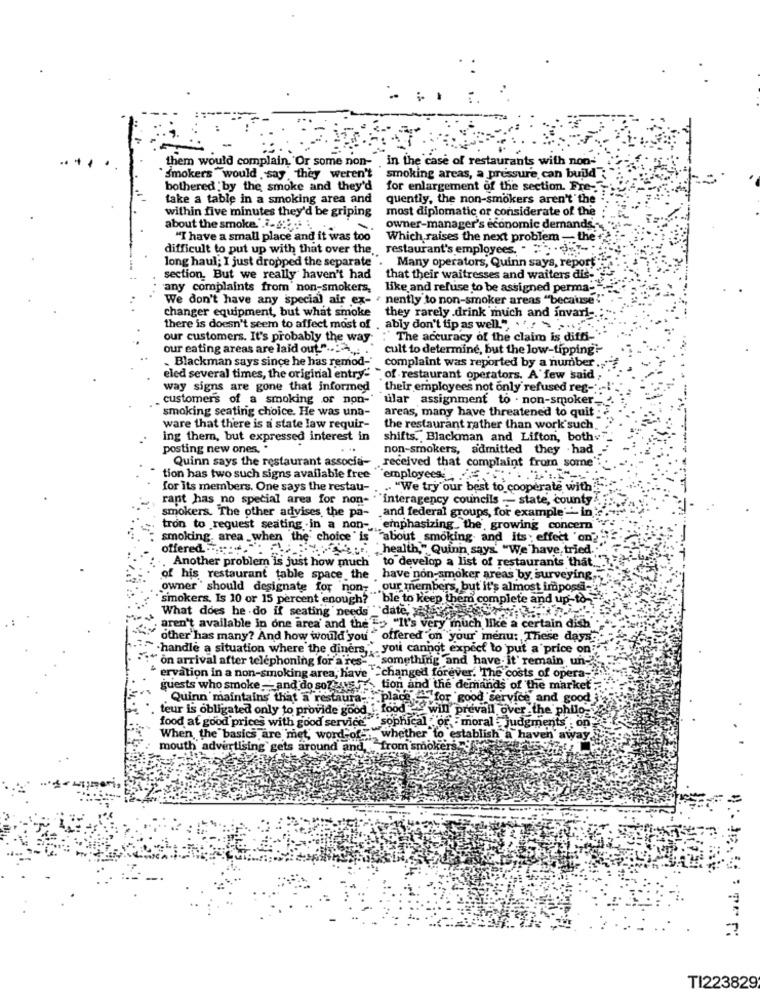
them would complain, Or some non- . in the case of restaurants with non-
smokers would say they weren't
smoking areas, a pressure, can build
bothered by the smoke and they'd
for enlargement of the section. Fre-
take a table in a smoking area and
quently, the non-smokers aren't the
most diplomatic or considerate of the
within five minutes they'd be griping
about the smoke.'.7. 2:5-4 :
owner-manager's economic demands-
"I have a small place and it was too
Which raises the next problem - the
difficult to put up with that over the.
restaurant's employees. . ...
long haul; I just dropped the separate
Many operators, Quinn says, report
section, But we really haven't had
that their waitresses and waiters dis-
any complaints from non-smokers,
like and refuse to be assigned perma-
We don't have any special air ex- ' nently to non-smoker areas "because"
changer equipment, but what smoke
they rarely .drink much and invari -.
there is doesn't seem to affect most of . ably don't tip as well." " """
our customers. It's probably the way :"The accuracy of the claim is diffi-'
our eating areas are laid out"
cult to determine, but the low-tipping!
„ Blackman says since he has remod-" complaint was reported by a number ...
eled several times, the original entry- "of restaurant operators. A few said,
way signs are gone that informed their employees not only refused reg-
. customer's of a smoking or non-
ular assignment to . non-smoker
smoking seating choice. He was una-
areas, many have threatened to quit :
ware that there is a state law requir-
the restaurant rather than work such
ing them, but expressed interest in
shifts. Blackman and Lifton, bothv
posting new ones. .
non-smokers, admitted they had
Quinn says the restaurant associa- received that complaint from some
tion has two such signs available free
employees
for its members. One says the restau- .
.. "We try our best to cooperate with
rant has no special area for non- ""interagency councils -- state, county
smokers. The other advises, the pa- and federal groups, for example' -- in
tron to request seating .in a non -, emphasizing the, growing concern
smoking area when the choice is "about smoking and its effect on?
offered :: . ": "" health," Quinn says. "We have tried. .
Another problem is just how much to develop a list of restaurants that."
of his restaurant table space the have non-smoker areas by surveying.
owner' should designate for non- our members, but it's almost impossi-
smokers. Is 10 or 15 percent enough? "ble to keep them complete and up-to-
What does he do if seating needs _ date,
; aren't available in one area' and the'=> "It's very much like a certain dish
other has many? And how would you "o
" offered on your' menu: These days'
"handle a situation where the diners," you cannot expect to put a price on
:" on arrival after telephoning for a res-"" something and have- it' remain un-"
ervation in a non-smoking area; have ""changed forever. The costs of opera-"
guests who smoke __ and do soz us ", tion and the demands of the market ;
Quinn maintains that a restaura- . place " for good service and good
teur is obligated only to provide good [. food -will prevail over the philo-
food at good prices with good service," "sophical " or . moral judgments on,
When the basics are met, word-of-
whether to establish a haven away
mouth advertising gets around and, . fro
" from smokers
TI223829